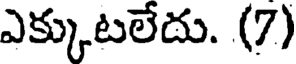
ఎక్కుటలేదు. (7)